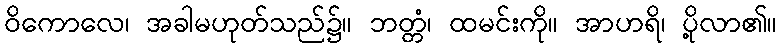
ဝိကောလေ၊ အခါမဟုတ်သည်၌။ ဘတ္တံ၊ ထမင်းကို။ အာဟရိ၊ ပို့လာ၏။